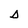
Character: D